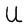
Character: U